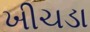
ખીચડા